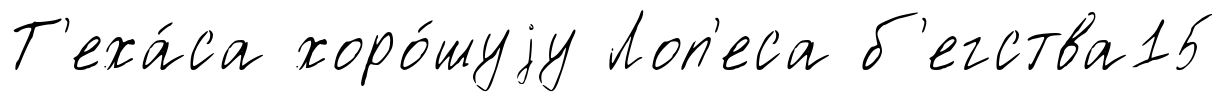
Т'еха́са хоро́шуjу Лоп'еса б'егства15